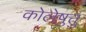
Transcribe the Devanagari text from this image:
कोलेष़ुत्तु